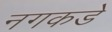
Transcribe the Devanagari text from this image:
नगकडे